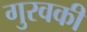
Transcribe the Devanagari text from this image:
गुरवकी